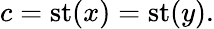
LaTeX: c=\operatorname{st}(x)=\operatorname{st}(y).